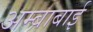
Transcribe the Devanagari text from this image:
अम्बाबाई